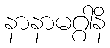
နာနာမဂ္ဂါနိ